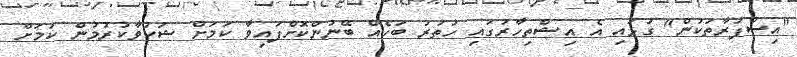
"އިސްފަރާތަކުން" ގުޅައި އެ އިޝްތިހާރުގައި ހުތުރު ބަހެއް ބޭނުންކޮށްފައިވާ ކަމަށް ޝަކުވާކުރުމުން ކަމަށް